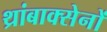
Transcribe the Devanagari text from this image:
थ्रांबाक्सेनों